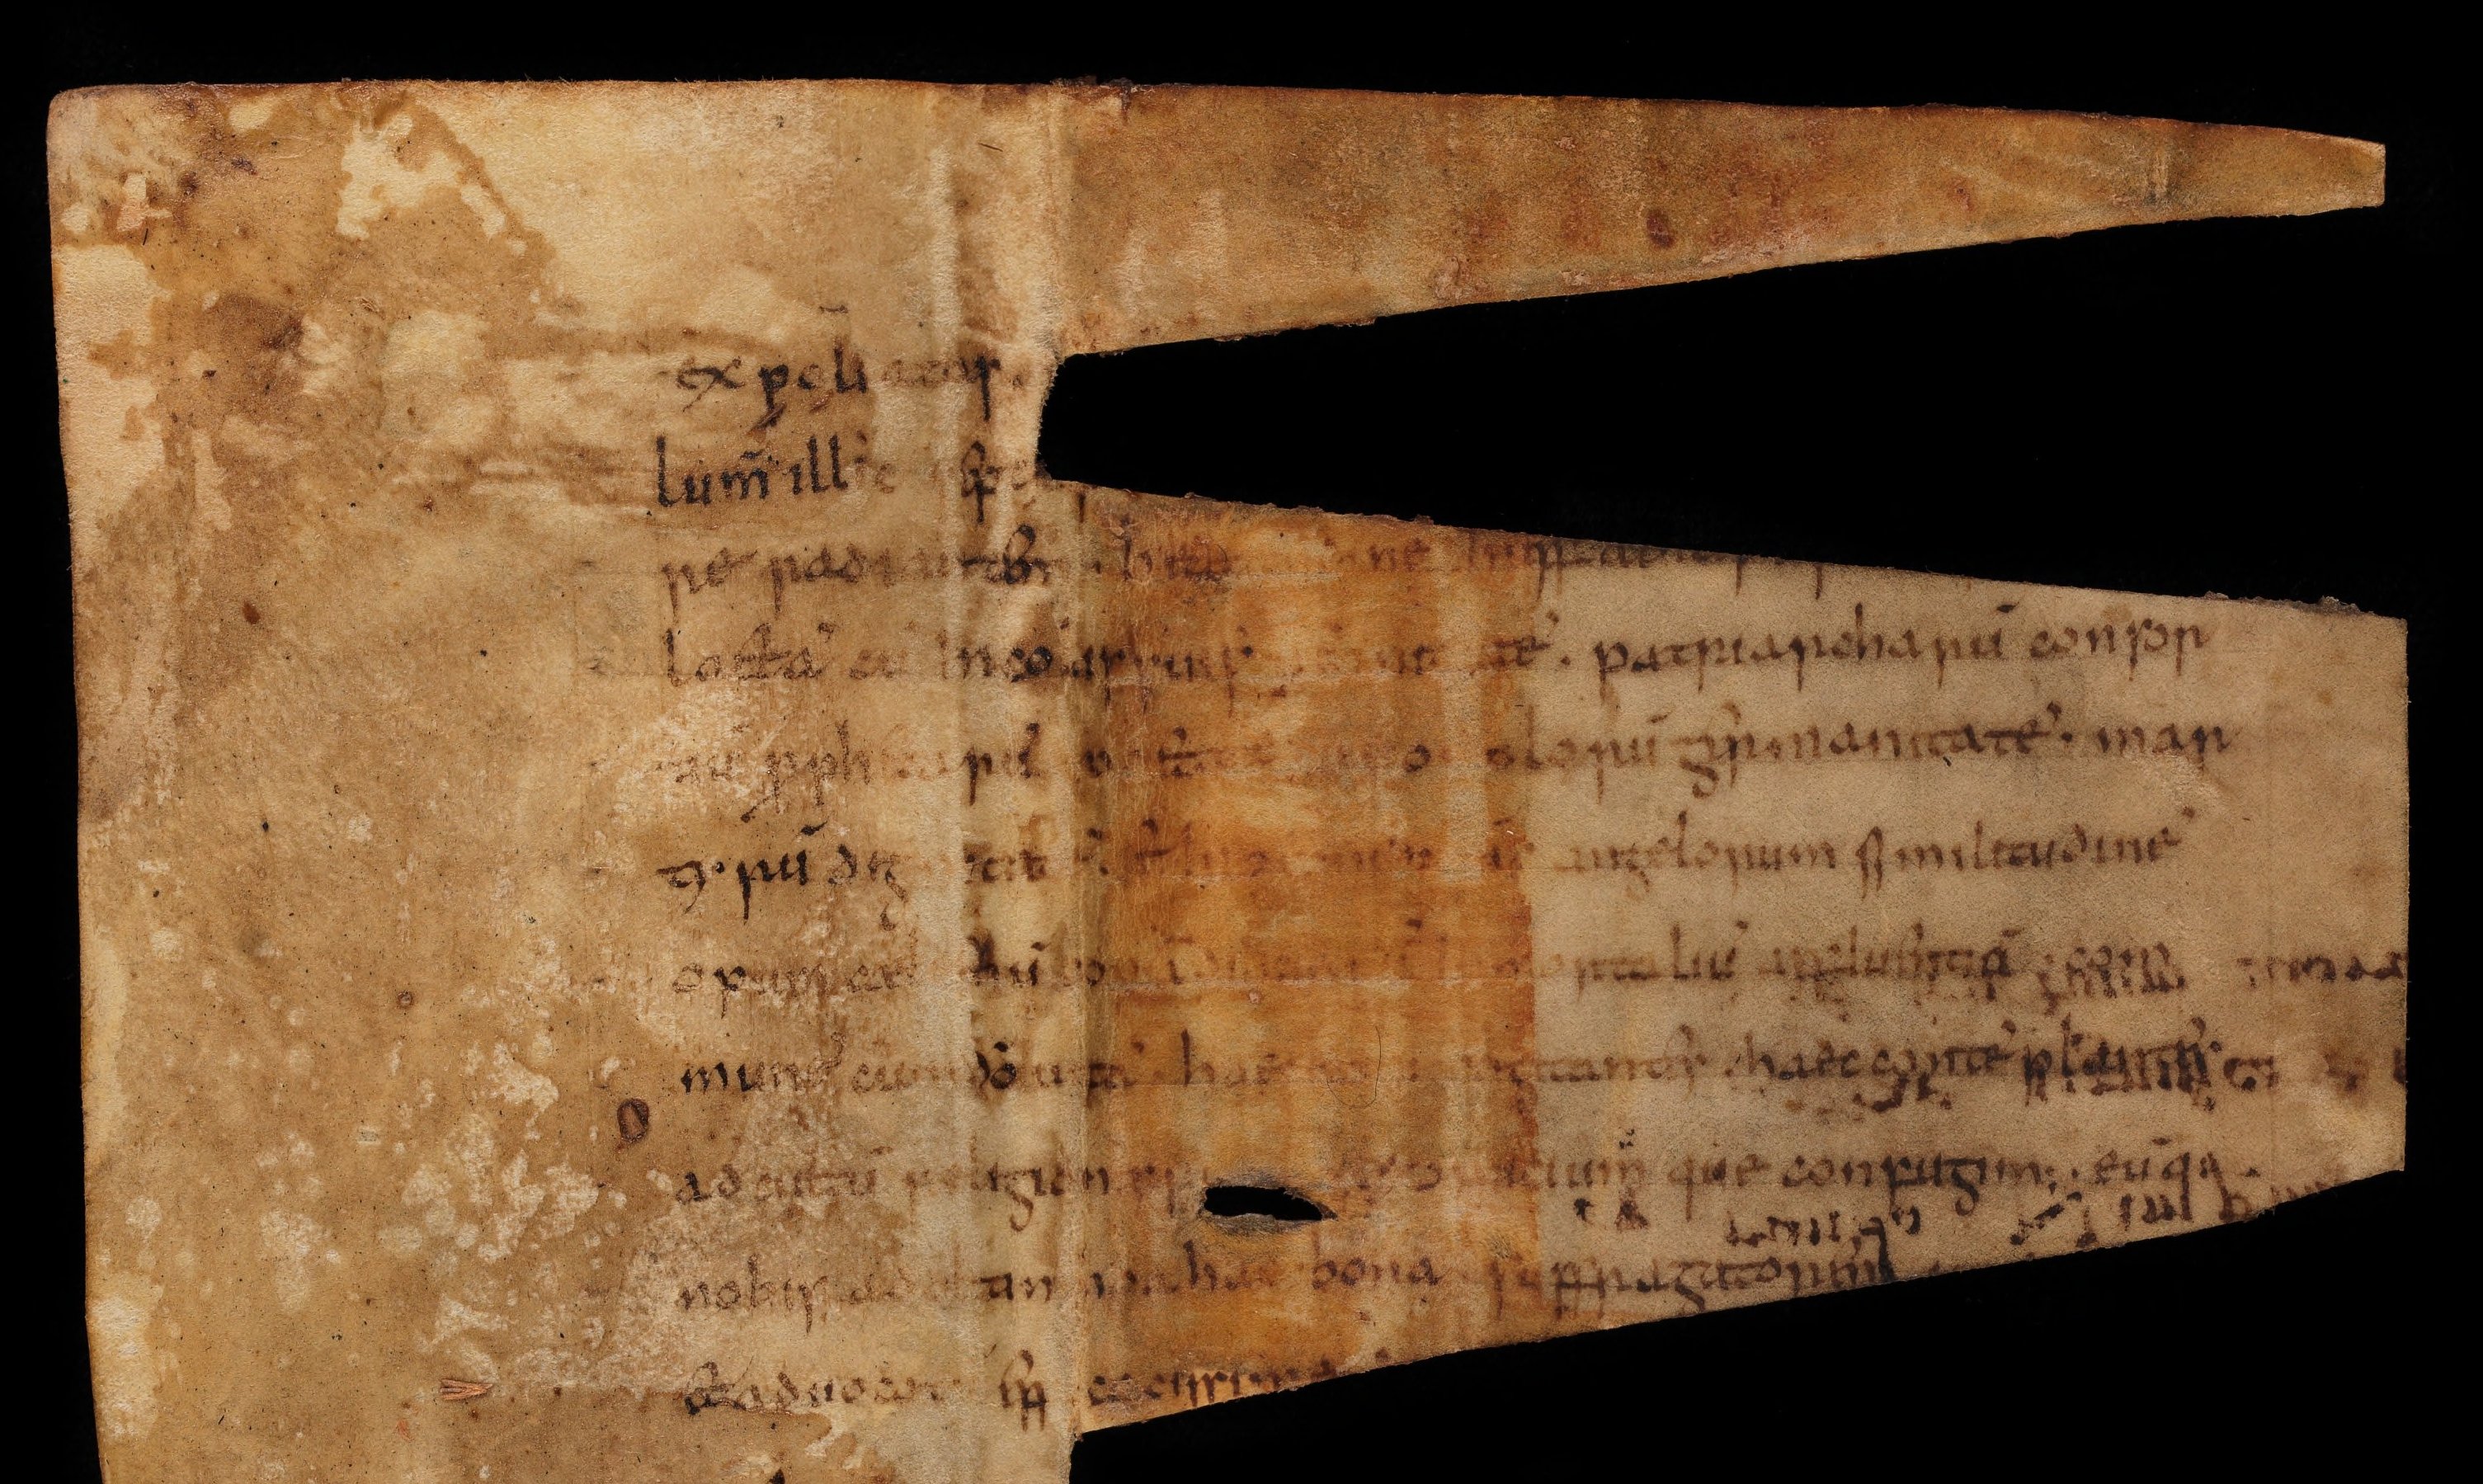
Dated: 800–824